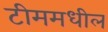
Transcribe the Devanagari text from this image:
टीममधील